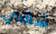
شهي